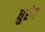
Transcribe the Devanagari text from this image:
धुरंग